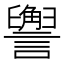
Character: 𬣏